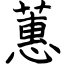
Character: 蕙